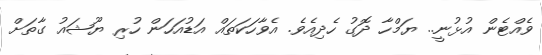
ވެއްޓެން އުޅުނީ.. ޔަމްހާ ދޮގު ހެދިއެވެ. އެވާހަކަތައް އަޑުއަހަން ހުރި ޔޫޝައު ގާތަށް